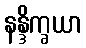
နန္ဒိက္ခယာ